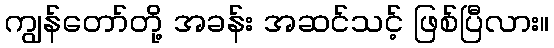
ကျွန်တော်တို့ အခန်း အဆင်သင့် ဖြစ်ပြီလား။